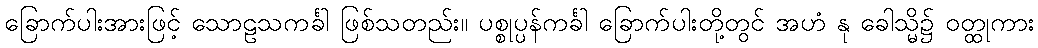
ခြောက်ပါးအားဖြင့် သောဠသကင်္ခါ ဖြစ်သတည်း။ ပစ္စုပ္ပန်ကင်္ခါ ခြောက်ပါးတို့တွင် အဟံ နု ခေါသ္မိ၌ ဝတ္ထုကား